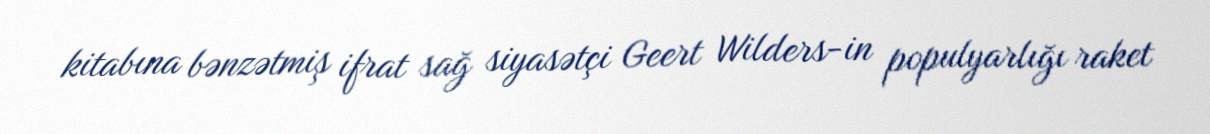
kitabına bənzətmiş ifrat sağ siyasətçi Geert Wilders-in populyarlığı raket